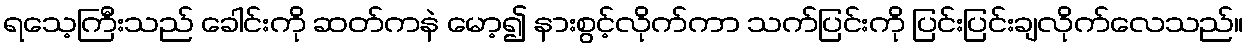
ရသေ့ကြီးသည် ခေါင်းကို ဆတ်ကနဲ မော့၍ နားစွင့်လိုက်ကာ သက်ပြင်းကို ပြင်းပြင်းချလိုက်လေသည်။